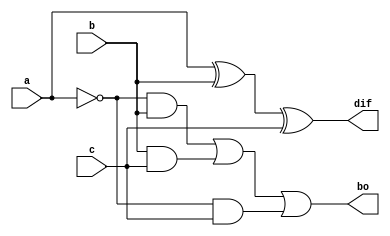
module full_subtractor(a,b,c,dif,bo);
  input a,b,c;
  output dif,bo;
  assign dif = a^b^c;
  assign bo = (!a&b)|(b&c)|(!a&c);
endmodule